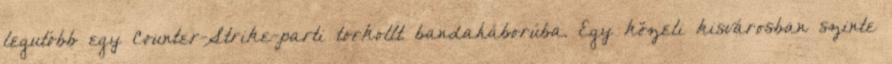
legutóbb egy Counter-Strike-parti torkollt bandaháborúba. Egy közeli kisvárosban szinte